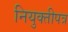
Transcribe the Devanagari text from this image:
नियुक्तीपत्र